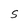
Character: S